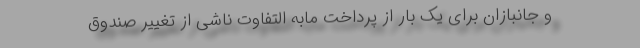
و جانبازان برای یک بار از پرداخت مابه التفاوت ناشی از تغییر صندوق